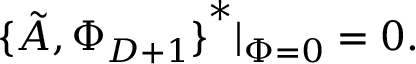
{ \{ \tilde { A } , \Phi _ { D + 1 } \} } ^ { * } \vert _ { \Phi = 0 } = 0 .